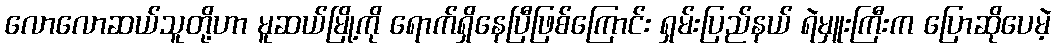
လောလောဆယ်သူတို့ဟာ မူဆယ်မြို့ကို ရောက်ရှိနေပြီဖြစ်ကြောင်း ရှမ်းပြည်နယ် ရဲမှူးကြီးက ပြောဆိုပေမဲ့